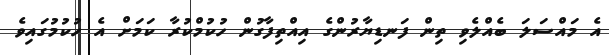
އެ މައްސަލަ ބެއްލެވި ތިން ފަނޑިޔާރުންގެ އިއްތިފާގުން ހުކުމްކުރާ ކަމަށް އެ ހުކުމުގައިވެ